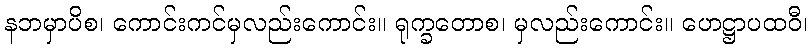
နဘမှာပိစ၊ ကောင်းကင်မှလည်းကောင်း။ ရုက္ခတောစ၊ မှလည်းကောင်း။ ဟေဋ္ဌာပထဝီ၊